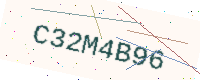
Text: C32M4B96